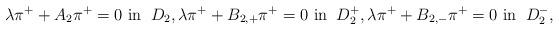
LaTeX: \begin{align*}\lambda \pi^+ + A_2 \pi^+ = 0 \hbox{ in } \: D_2,\lambda \pi^+ + B_{2,+} \pi^+ = 0 \hbox{ in } \: D_2^+,\lambda \pi^+ + B_{2,-} \pi^+ = 0 \hbox{ in } \: D_2^-,\end{align*}